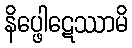
နိပ္ဖေါဋေဿာမိ